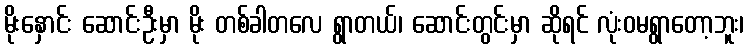
မိုးနှောင်း ဆောင်းဦးမှာ မိုး တစ်ခါတလေ ရွာတယ်၊ ဆောင်းတွင်းမှာ ဆိုရင် လုံးဝမရွာတော့ဘူး၊